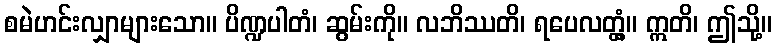
စမဲဟင်းလျှာများသော။ ပိဏ္ဍပါတံ၊ ဆွမ်းကို။ လဘိဿတိ၊ ရပေလတ္တံ့။ ဣတိ၊ ဤသို့။